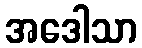
အဒေါသာ